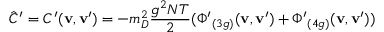
\hat { C } ^ { \prime } = C ^ { \prime } ( { \mathbf { v } , \mathbf { v } ^ { \prime } } ) = - m _ { D } ^ { 2 } { \frac { g ^ { 2 } N T } { 2 } } ( { \Phi ^ { \prime } } _ { ( 3 g ) } ( { \mathbf { v } , \mathbf { v } ^ { \prime } } ) + { \Phi ^ { \prime } } _ { ( 4 g ) } ( { \mathbf { v } , \mathbf { v } ^ { \prime } } ) )